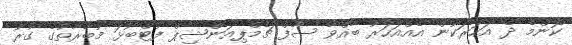
ކޮންމެ ދެ އަހަރަކުން އެއްއަހަރު ބާއްވާ ސާފް ޗެމްޕިއަންޝިޕް ފުޓްބޯޅަ މުބާރާތުގެ ގުރު